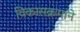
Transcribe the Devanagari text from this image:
विकासक्रमाने